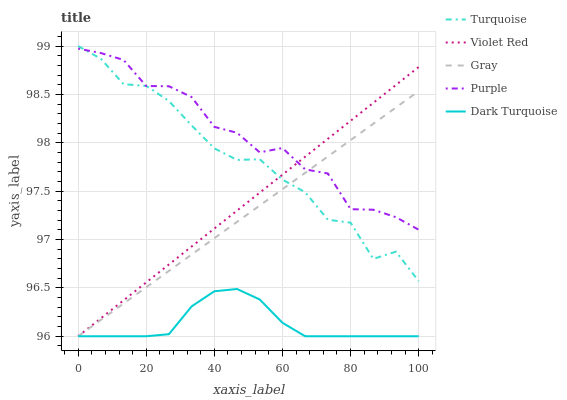
| xaxis_label | Turquoise | Violet Red | Gray | Purple | Dark Turquoise |
 | --- | --- | --- | --- | --- | --- |
 | 0 | 99 | 96 | 96 | 99 | 96 |
 | 6.67 | 98.9 | 96.2 | 96.2 | 98.9 | 96 |
 | 13.3 | 98.6 | 96.4 | 96.3 | 98.9 | 96 |
 | 20 | 98.6 | 96.6 | 96.5 | 98.6 | 96 |
 | 26.7 | 98.4 | 96.7 | 96.7 | 98.6 | 96 |
 | 33.3 | 98.2 | 96.9 | 96.8 | 98.5 | 96.3 |
 | 40 | 97.9 | 97.1 | 97 | 98.2 | 96.5 |
 | 46.7 | 97.8 | 97.3 | 97.2 | 98.1 | 96.5 |
 | 53.3 | 97.8 | 97.5 | 97.4 | 97.9 | 96.4 |
 | 60 | 97.6 | 97.7 | 97.5 | 97.9 | 96.1 |
 | 66.7 | 97.5 | 97.9 | 97.7 | 97.7 | 96 |
 | 73.3 | 97.2 | 98 | 97.9 | 97.7 | 96 |
 | 80 | 97.2 | 98.2 | 98 | 97.3 | 96 |
 | 86.7 | 96.8 | 98.4 | 98.2 | 97.3 | 96 |
 | 93.3 | 96.9 | 98.6 | 98.4 | 97.2 | 96 |
 | 100 | 96.6 | 98.8 | 98.5 | 97.1 | 96 |